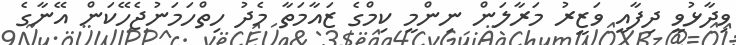
ވިދާޅުވީ ދިފާއީ ވަޒީރު މަރާލަން ނިންމީ ކިމްގެ ޒައާމަަތާ މެދު ހިތްހަމަނުޖެހޭކަން އޭނާގެ